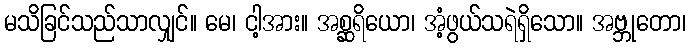
မသိခြင်သည်သာလျှင်။ မေ၊ ငါ့အား။ အစ္ဆရိယော၊ အံ့ဖွယ်သရဲရှိသော။ အဗ္ဘုတော၊